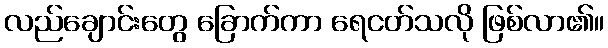
လည်ချောင်းတွေ ခြောက်ကာ ရေငတ်သလို ဖြစ်လာ၏။